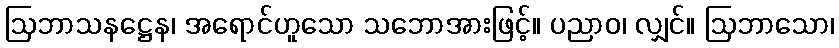
ဩဘာသနဋ္ဌေန၊ အရောင်ဟူသော သဘောအားဖြင့်။ ပညာဝ၊ လျှင်။ ဩဘာသော၊